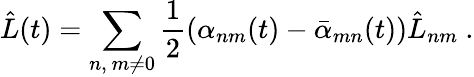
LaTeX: \hat{L}(t)=\sum_{n,\ m\neq 0}{\frac{1}{2}}(\alpha_{nm}(t)-\bar{\alpha}_{mn}(t))\hat{L}_{nm}\ .